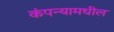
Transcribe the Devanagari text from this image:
कंपन्यामधील